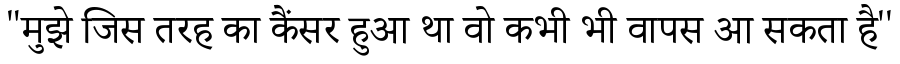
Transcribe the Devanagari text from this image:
"मुझे जिस तरह का कैंसर हुआ था वो कभी भी वापस आ सकता है''